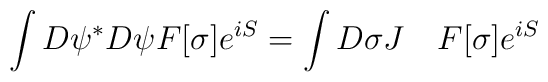
\int D\psi^{*}D\psi F[\sigma ]e^{iS}=\int D\sigma J \quad F[\sigma ] e^{iS}